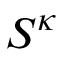
S ^ { \kappa }